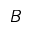
B